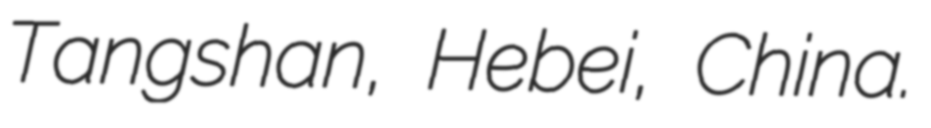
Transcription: Tangshan, Hebei, China.